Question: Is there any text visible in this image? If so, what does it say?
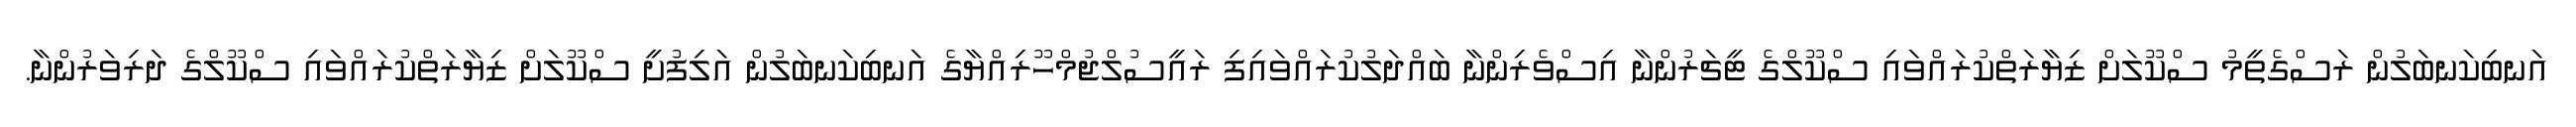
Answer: އަނބިކަނބަލުން ރަސްގެތީމު ސްކޫލަށް ޒިޔާރަތްކުރައްވައި ސްކޫލްގެ ޓީޗަރުންނާ އިސްވެރިންނާ ބައްދަލުކުރައްވައިފި ރައީސުލްޖުމްހޫރިއްޔާގެ އަނބިކަނބަލުން އަލިފުށީ ސްކޫލަށް ޒިޔާރަތްކުރައްވައި ސްކޫލްގެ ދަރިވަރުންނާ.